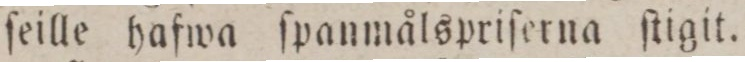
ſeille hafwa ſpanmålspriſerna ſtigit.